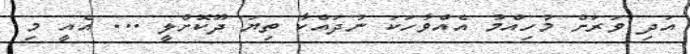
އަދި ވަރަށް މުހިއްމު އެއްވާހަކަ ނުދައްކާ ތިޔަ ދޫކޮށްލީ ... އެއީ މި